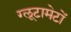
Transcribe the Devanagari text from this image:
ग्लूटामेटों